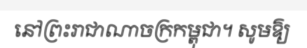
នៅព្រះរាជាណាចក្រកម្ពុជា។ សូមឱ្យ